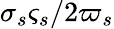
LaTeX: \sigma_{s}\varsigma_{s}/2\varpi_{s}